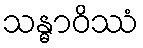
သန္ဓာဝိဿံ